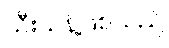
သီးသန့်ဖြစ်သည်